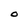
Character: O